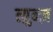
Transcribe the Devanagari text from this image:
त्युन्ज़